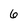
Character: 6